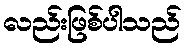
လည်းဖြစ်ပါသည်